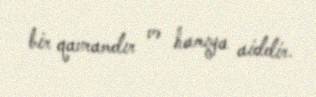
bir qavramdır və hamıya aiddir.